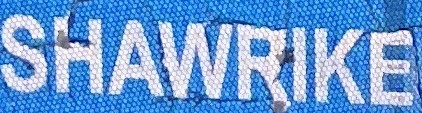
SHWRIKE